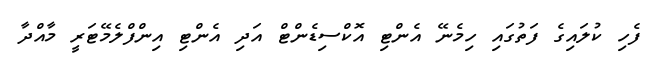
ފެހި ކުލައިގެ ފަތުގައި ހިމެނޭ އެންޓި އޮކްސިޑެންޓް އަދި އެންޓި އިންފްލެމޭޓަރީ މާއްދާ